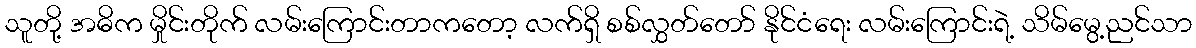
သူတို့ အဓိက မှိုင်းတိုက် လမ်းကြောင်းတာကတော့ လက်ရှိ စစ်လွှတ်တော် နိုင်ငံရေး လမ်းကြောင်းရဲ့ သိမ်မွေ့ညင်သာ